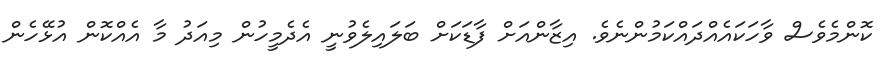
ކޮންމެވެސް ވާހަކައެއްދައްކަމުންނެވެ. އިޒާންއަށް ފާޑަކަށް ބަލައިލެވުނީ އެދެމީހުން މިއަދު މާ އެއްކޮން އުޅޭހެން